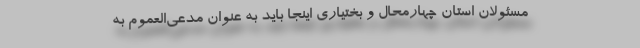
مسئولان استان چهارمحال و بختیاری اینجا باید به عنوان مدعی‌العموم به